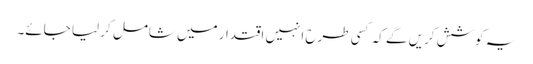
یہ کوشش کریں گے کہ کسی طرح انہیں اقتدار میں شامل کر لیا جائے۔